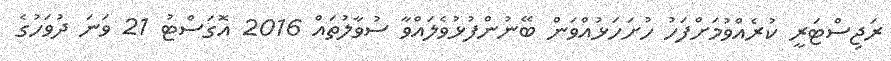
ރަޖިސްޓަރީ ކުރެއްވުމަށްފަހު ހުށަހަޅުއްވަން ބޭނުންފުޅުވެލައްވާ ސުވާލުތައް 2016 އޮގަސްޓު 21 ވަނަ ދުވަހުގެ